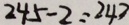
2 4 5 - 2 = 2 4 3